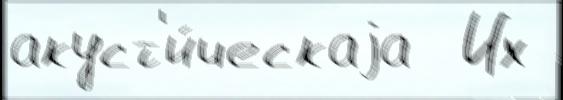
акуст'и́ческаjа  Их